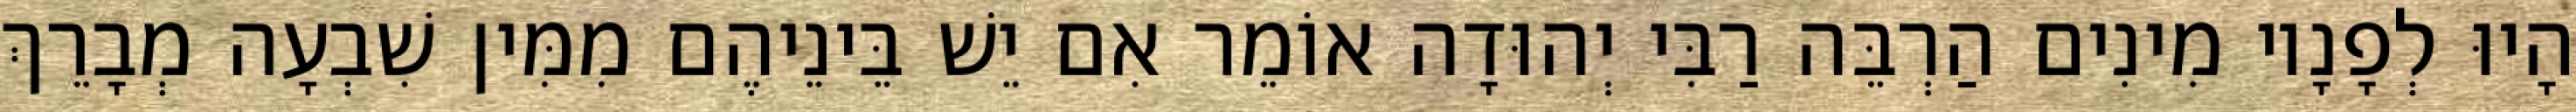
הָיוּ לְפָנָיו מִינִים הַרְבֵּה רַבִּי יְהוּדָה אוֹמֵר אִם יֵשׁ בֵּינֵיהֶם מִמִּין שִׁבְעָה מְבָרֵךְ